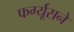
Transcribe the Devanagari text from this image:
फर्ग्यूसने